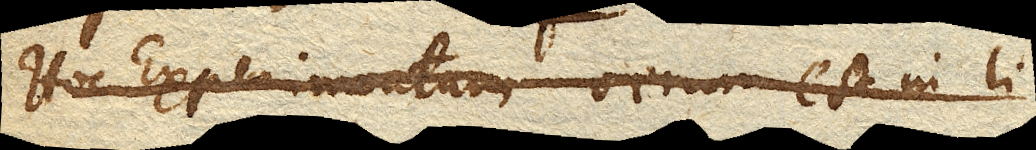
Hoc Experimentum verum est in li